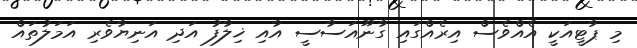
މި ޕާޓީއަކީ އެއްވެސް އިރެއްގައި ގާނޫއަސާސީ އާއި ޚިލާފު އަދި އަނިޔާވެރި އަމަލުތައް